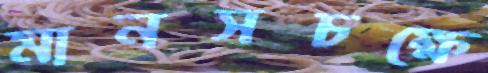
মানসচক্ষে